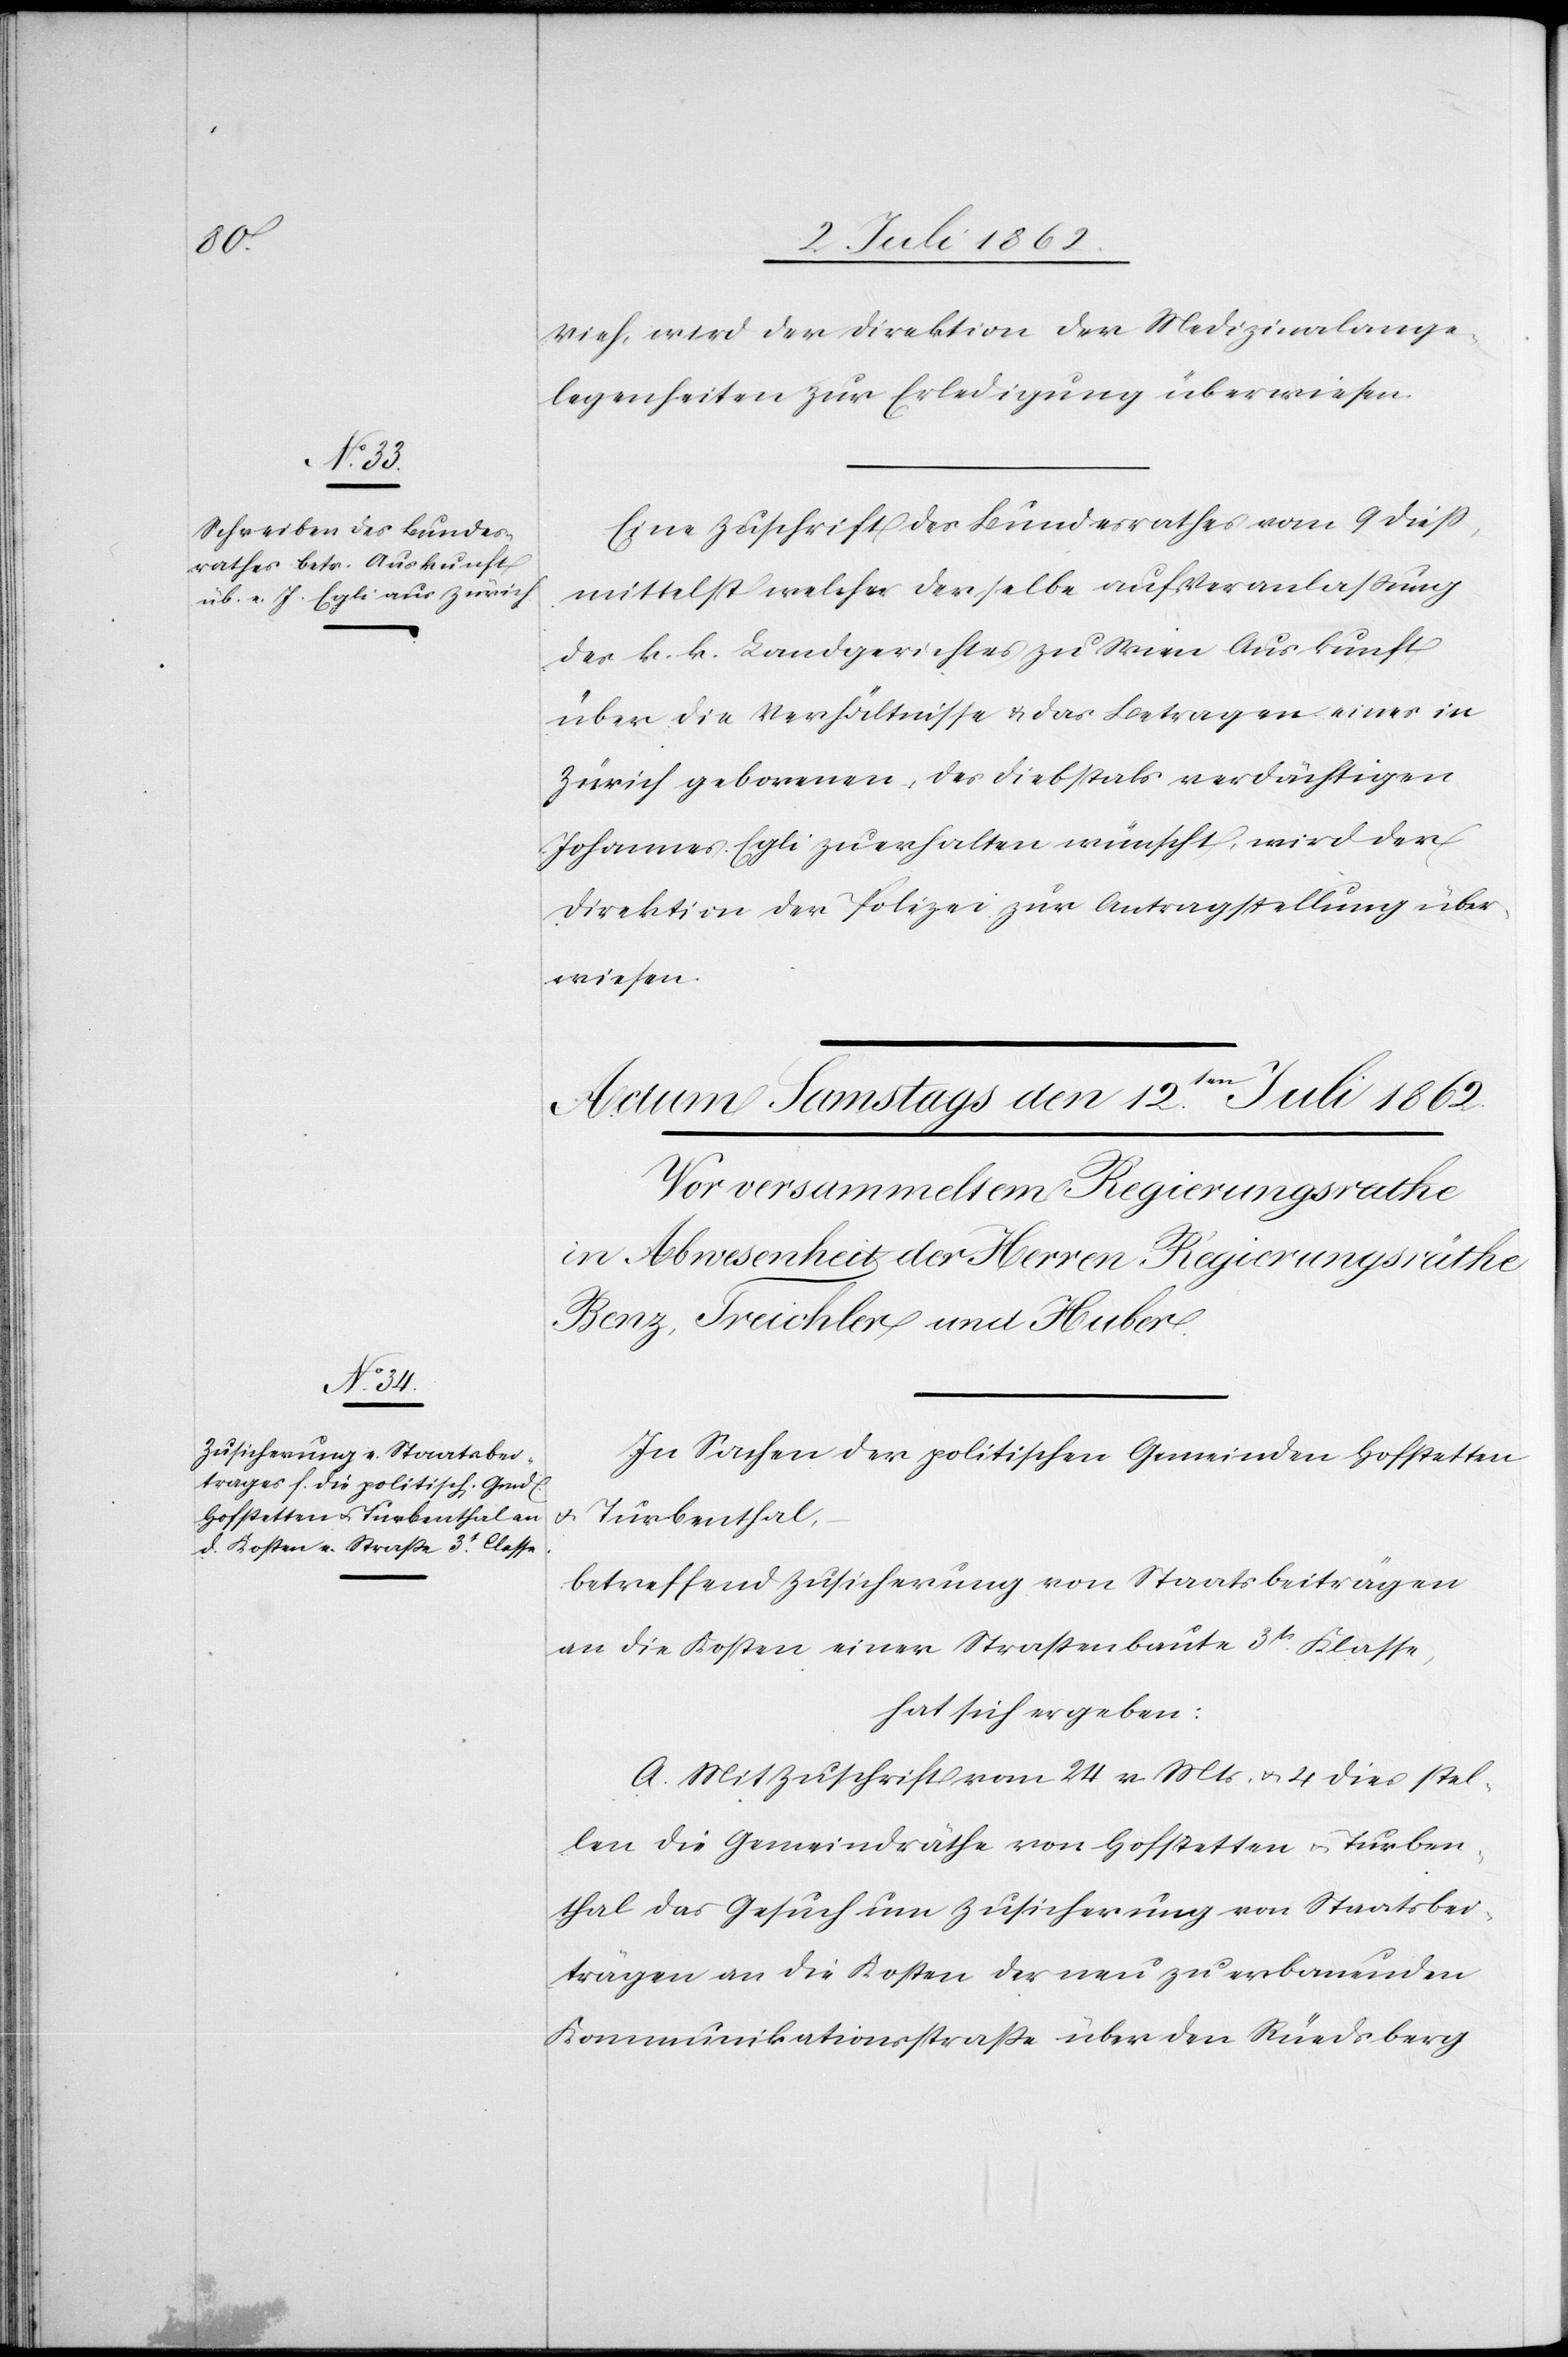
11 Juli 1862.
Vieh, wird der Direktion der Medizinalange¬
legenheiten zur Erledigung überwiesen.
Eine Zuschrift des Bundesrathes vom 9 dieß,
mittelst welcher derselbe auf Veranlaßung
des k. k. Landgerichtes zu Wien Auskunft
über die Verhältnisse u. das Betragen eines in
Zürich geborenen, des Diebstals [sic!] verdächtigen
Johannes Egli zu erhalten wünscht, wird der
Direktion der Polizei zur Antragstellung über¬
wiesen.
In Sachen der politischen Gemeinden Hofstetten
u.
Turbenthal,
betreffend Zusicherung von Staatsbeiträgen
an die Kosten einer Straßenbaute 3t. Klasse,
hat sich ergeben:
A. Mit Zuschrift vom 24 v. Mts. u. 4 dies stel¬
len die Gemeindräthe von Hofstetten u. Turben¬
thal das Gesuch um Zusicherung von Staatsbei¬
trägen an die Kosten der neu zu erbauenden
Kommunikationsstraße über den Rüedsberg